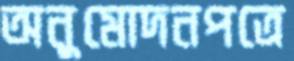
অনুমোদনপত্রে